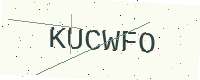
Text: KUCWFO